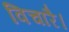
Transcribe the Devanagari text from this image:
विचारै।